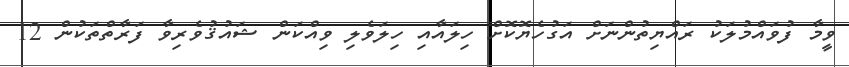
ވީމާ ފުވައްމުލަކު ރައްޔިތުންނަށް އަގުހެޔޮކޮށް ހިލައާއި ހިލަވެލި ވިއްކަން ޝައުޤުވެރިވާ ފަރާތްތަކުން 12